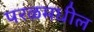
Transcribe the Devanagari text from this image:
परळमधील